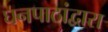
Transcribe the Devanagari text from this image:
घनपाठांद्वारा